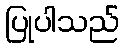
ပြုပါသည်